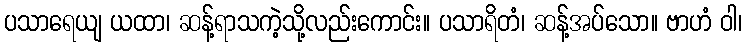
ပသာရေယျ ယထာ၊ ဆန့်ရာသကဲ့သို့လည်းကောင်း။ ပသာရိတံ၊ ဆန့်အပ်သော။ ဗာဟံ ဝါ၊